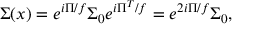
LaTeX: \Sigma ( x ) = e ^ { i \Pi / f } \Sigma _ { 0 } e ^ { i \Pi ^ { T } / f } = e ^ { 2 i \Pi / f } \Sigma _ { 0 } ,